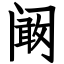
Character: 阚